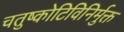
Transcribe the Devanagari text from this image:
चतुष्कोटिविनिर्मुक्त